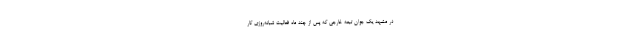
در مشهد یک جوان تبعه خارجی که پس از چند ماه فعالیت شبانه‌روزی کار